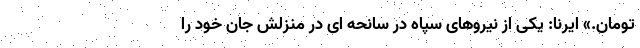
تومان.» ایرنا: یکی از نیروهای سپاه در سانحه ای در منزلش جان خود را